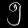
Digit: ၅